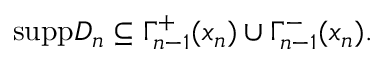
\mathrm { s u p p } D _ { n } \subseteq \Gamma _ { n - 1 } ^ { + } ( x _ { n } ) \cup \Gamma _ { n - 1 } ^ { - } ( x _ { n } ) .